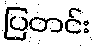
ပြတင်း